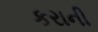
કરાની